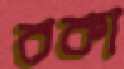
বকা